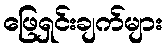
ဖြေရှင်းချက်များ